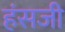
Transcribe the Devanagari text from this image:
हंसजी